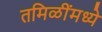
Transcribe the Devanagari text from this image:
तमिळींमध्ये